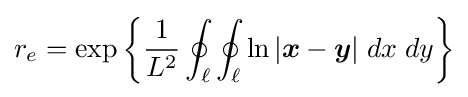
r_{e}=\exp \left\{{1 \over L^{2}}\oint _{\ell }\oint _{\ell }\ln \vert {\boldsymbol {x}}-{\boldsymbol {y}}\vert \;dx\;dy\right\}